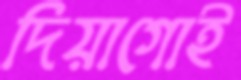
দিয়াগোই